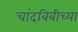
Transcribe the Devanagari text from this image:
चांदबिबीच्या